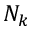
N _ { k }